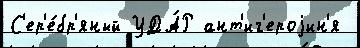
С'ер'е́бр'яный УДА́Р ант'иг'ероjин'я